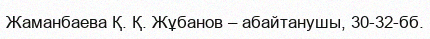
Жаманбаева Қ. Қ. Жұбанов – абайтанушы, 30-32-бб.